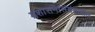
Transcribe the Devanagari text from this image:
प्रशासनासंबंधातील